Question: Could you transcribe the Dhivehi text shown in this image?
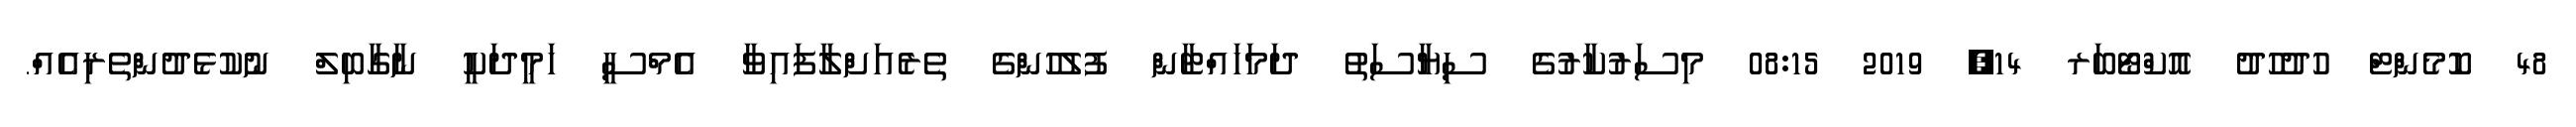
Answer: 48 ކޮމެންޓް ހުދުހުދު އޮކްޓޯބަރ 14, 2019 08:15 މިސަރުކާރުގެ ސިޔާސަތު ދަމަހައްޓާން ފުލުހުންގެ ތެރެއަށްލާފައިވާ އެމްސީ ހަމީދަކީ ނާގާބިލް ނުކުޅެދުންތެރިއެއް.